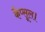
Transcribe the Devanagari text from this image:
कैप्सूल।